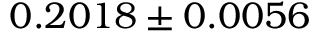
0 . 2 0 1 8 \pm 0 . 0 0 5 6